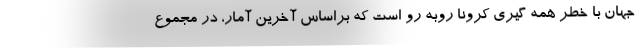
جهان با خطر همه گیری کرونا روبه رو است که براساس آخرین آمار، در مجموع